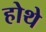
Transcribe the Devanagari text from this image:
होथे